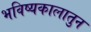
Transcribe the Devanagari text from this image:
भविष्यकालातुन